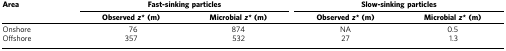
| Area | <COLSPAN=2> Fast-sinking particles | <COLSPAN=2> Slow-sinking particles |
 |  | Observedz*(m) | Microbialz*(m) | Observedz*(m) | Microbialz*(m) |
 | --- | --- | --- | --- | --- |
 | Onshore | 76 | 874 | NA | 0.5 |
 | Offshore | 357 | 532 | 27 | 1.3 |